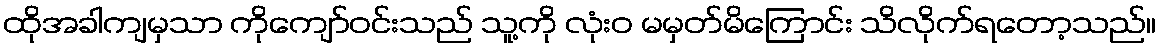
ထိုအခါကျမှသာ ကိုကျော်ဝင်းသည် သူ့ကို လုံးဝ မမှတ်မိကြောင်း သိလိုက်ရတော့သည်။